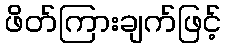
ဖိတ်ကြားချက်ဖြင့်